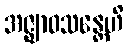
အဇ္ဈာဝသန္တေဟိ